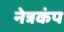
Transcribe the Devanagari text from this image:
नेत्रकंप